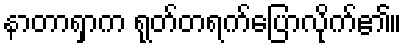
နာတာရှာက ရုတ်တရက်ပြောလိုက်၏။